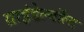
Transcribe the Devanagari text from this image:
ग्राइंडेल्वॉल्ड